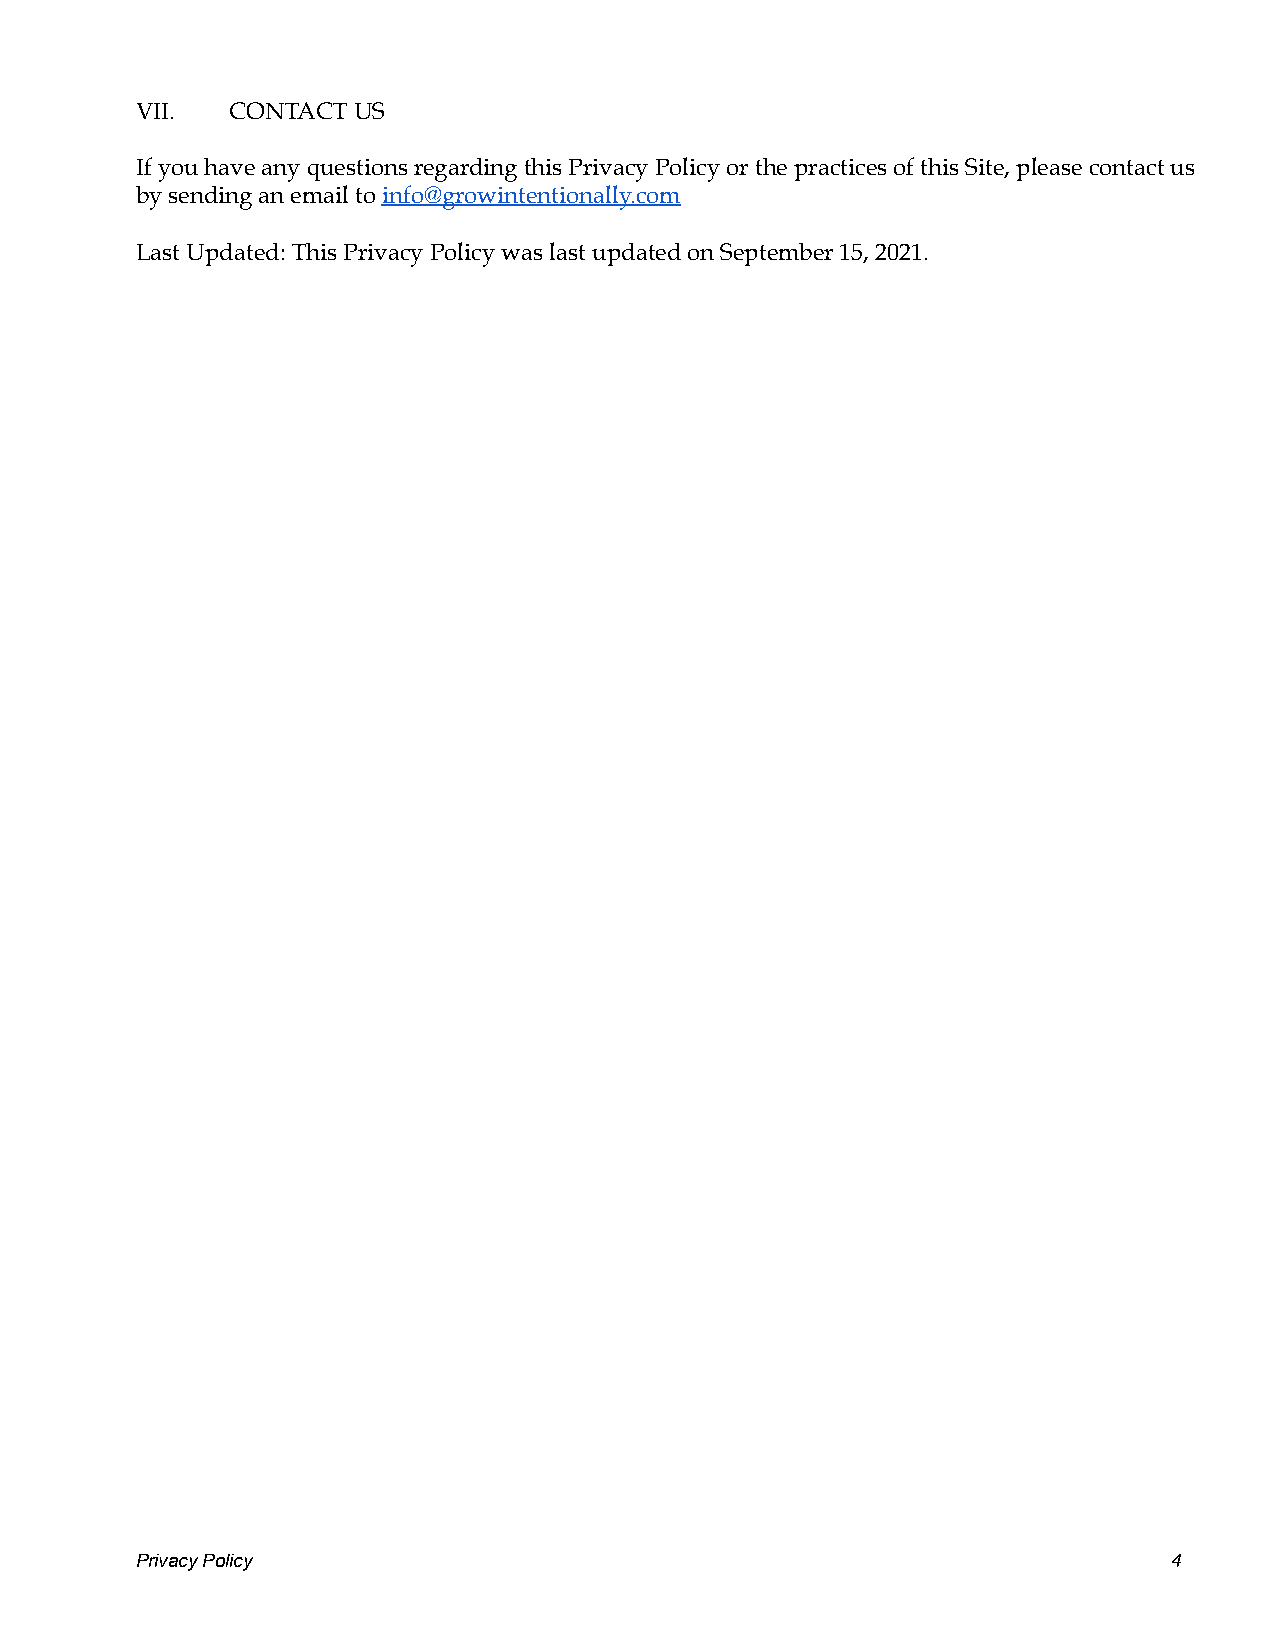
VII.  CONTACT US
 If you have any questions regarding this Privacy Policy or the practices of this Site, please contact us
 by sending an email toinfo@growintentionally.com
 Last Updated: This Privacy Policy was last updated on September 15, 2021.
 Privacy Policy                                                       4